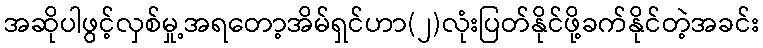
အဆိုပါဖွင့်လှစ်မှု့အရတော့အိမ်ရှင်ဟာ(၂)လုံးပြတ်နိုင်ဖို့ခက်နိုင်တဲ့အခင်း